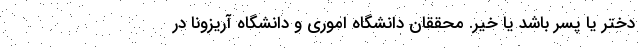
دختر یا پسر باشد یا خیر. محققان دانشگاه اموری و دانشگاه آریزونا در